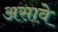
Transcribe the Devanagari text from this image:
असावेे